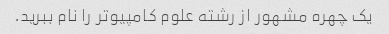
یک چهره مشهور از رشته علوم کامپیوتر را نام ببرید.